Indian journal of veterinary science and animal husbandry - Volumes 18-21, 1948-1951
Year: 1948
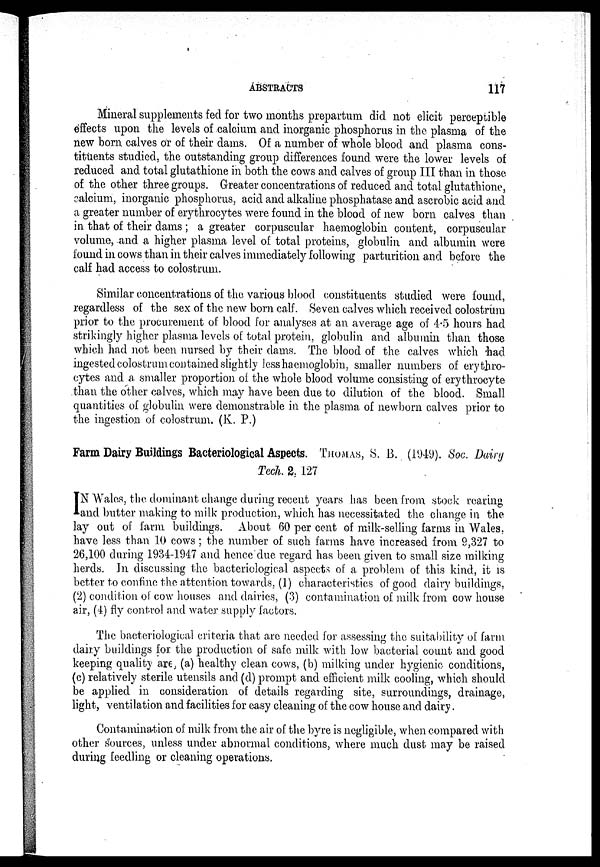
ABSTRACTS
117
Mineral supplements fed for two months prepartum did not clicit perceptible
effects upon the levels of calcium and inorganic phosphorus in the plasma of the
new born calves or of their dams. Of a number of whole blood and plasma cons-
tituents studied, the outstanding group differences found were the lower levels of
reduced and total glutathione in both the cows and calves of group III than in those
of the other three groups. Greater concentrations of reduced and total glutathione,
calcium, inorganic phosphorus, acid and alkaline phosphatase and ascrobic acid and
a greater number of erythrocytes were found in the blood of new born calves than
in that of their dams ; a greater corpuscular haemoglobin content, corpuscular
volume, and a higher plasma level of total proteins, globulin and albumin were
found in cows than in their calves immediately following parturition and before the
calf had access to colostrum.
Similar concentrations of the various blood constituents studied were found,
regardless of the sex of the new born calf. Seven calves which received colostrum
prior to the procurement of blood for analyses at an average age of 4.5 hours had
strikingly higher plasma levels of total protein, globulin and albumin than those
which had not. been nursed by their dams. The blood of the calves which had
ingested colostrum contained slightly less haemoglobin, smaller numbers of erythro-
cytes and a smaller proportion of the whole blood volume consisting of erythrocyte
than the other calves, which may have been due to dilution of the blood. Small
quantities of globulin were demonstrable in the plasma of newborn calves prior to
the ingestion of colostrum. (K. P.)
Farm Dairy Buildings Bacteriological Aspects. THOMAS, S. B. (1949). Soc. Dairy
Tech. 2, 127
I N Wales, the dominant change during recent years has been from stock rearing
and butter making to milk production, which has necessitated the change in the
lay out of farm buildings. About 60 per cent of milk-selling farms in Wales,
have less than 10 cows ; the number of such farms have increased from 9,327 to
26,100 during 1934-1947 and hence due regard has been given to small size milking
herds. In discussing the bacteriological aspects of a problem of this kind, it is
better to confine the attention towards. (1) characteristics of good dairy buildings,
(2) condition of cow houses and dairies, (3) contamination of milk from cow house
air, (4) fly control and water supply factors.
The bacteriological criteria that are needed for assessing the suitability of farm
dairy buildings for the production of safe milk with low bacterial count and good
keeping quality are, (a) healthy clean cows, (b) milking under hygienic conditions,
(c) relatively sterile utensils and (d) prompt and efficient milk cooling, which should
be applied in consideration of details regarding site, surroundings, drainage,
light, ventilation and facilities for easy cleaning of the cow house and dairy.
Contamination of milk from the air of the byre is negligible, when compared with
other sources, unless under abnormal conditions, where much dust may be raised
during feedling or cleaning operations.